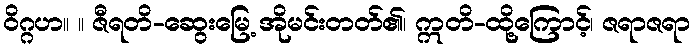
ဝိဂ္ဂဟ။ ။ ဇီရတိ-ဆွေးမြေ့ အိုမင်းတတ်၏၊ ဣတိ-ထို့ကြောင့်၊ ဇရာဇရာ